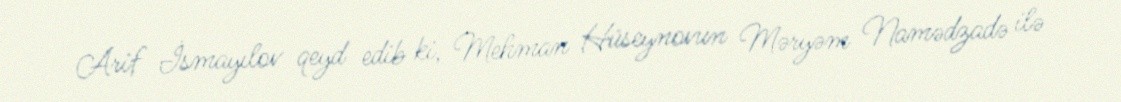
Arif İsmayılov qeyd edib ki, Mehman Hüseynovun Məryəm Namədzadə ilə